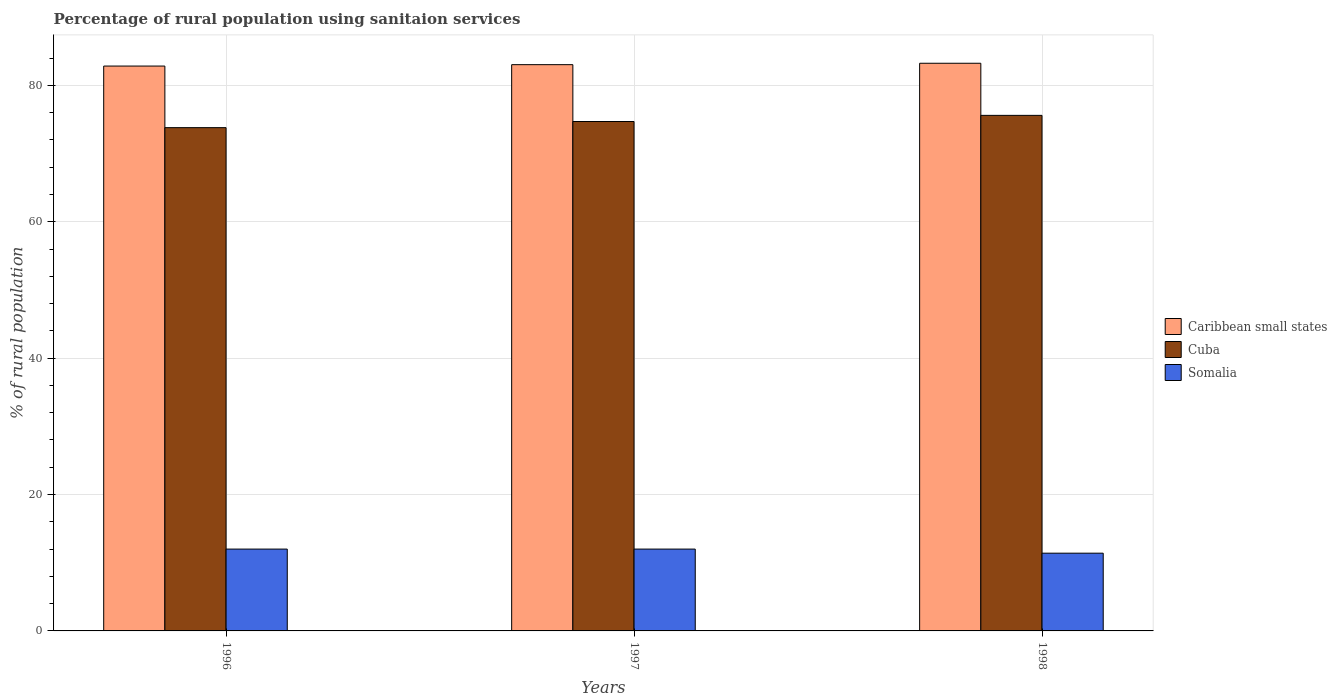
| Years | Caribbean small states | Cuba | Somalia |
 | --- | --- | --- | --- |
 | 1996 | 82.8 | 73.8 | 12 |
 | 1997 | 83 | 74.7 | 12 |
 | 1998 | 83.2 | 75.6 | 11.4 |